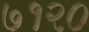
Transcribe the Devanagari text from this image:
७१२०